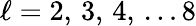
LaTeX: \ell=2,\, 3,\, 4,\, \ldots 8